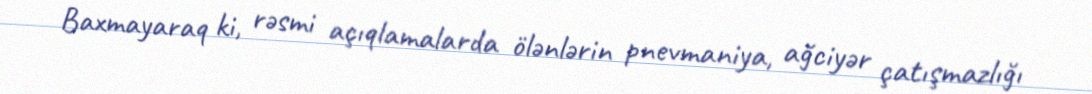
Baxmayaraq ki, rəsmi açıqlamalarda ölənlərin pnevmaniya, ağciyər çatışmazlığı